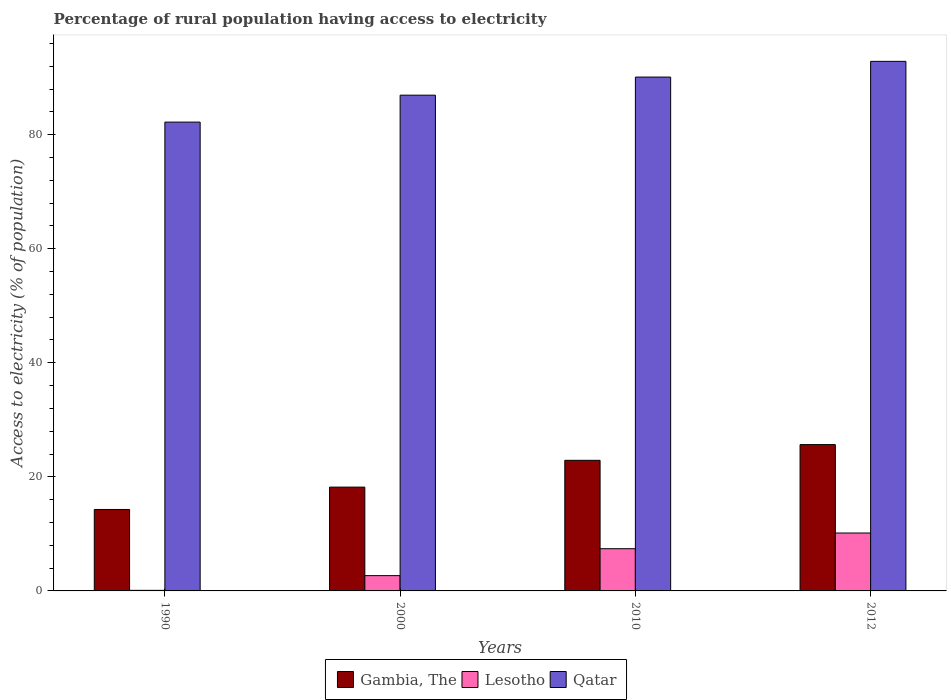
| Years | Gambia, The | Lesotho | Qatar |
 | --- | --- | --- | --- |
 | 1990 | 14.3 | 0.1 | 82.2 |
 | 2000 | 18.2 | 2.68 | 86.9 |
 | 2010 | 22.9 | 7.4 | 90.1 |
 | 2012 | 25.7 | 10.2 | 92.9 |